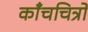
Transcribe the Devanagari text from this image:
काँचचित्रों